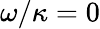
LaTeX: \omega/\kappa=0